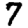
Digit: 7